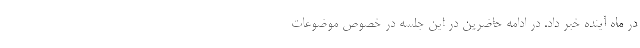
در ماه آینده خبر داد. در ادامه حاضرین در این جلسه در خصوص موضوعات